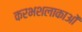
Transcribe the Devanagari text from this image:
करभशलाकाओं